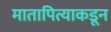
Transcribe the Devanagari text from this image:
मातापित्याकडून